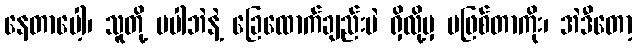
နေတာပေါ့၊ သူတို့ မပါဘဲနဲ့ ခြေထောက်ချည်းပဲ ရှိလို့မှ မဖြစ်တာကိုး၊ အဲဒီတော့